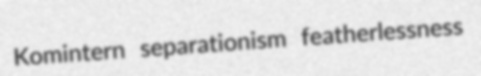
Komintern separationism featherlessness